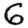
Digit: 6